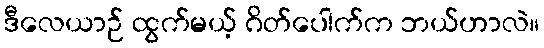
ဒီလေယာဉ် ထွက်မယ့် ဂိတ်ပေါက်က ဘယ်ဟာလဲ။